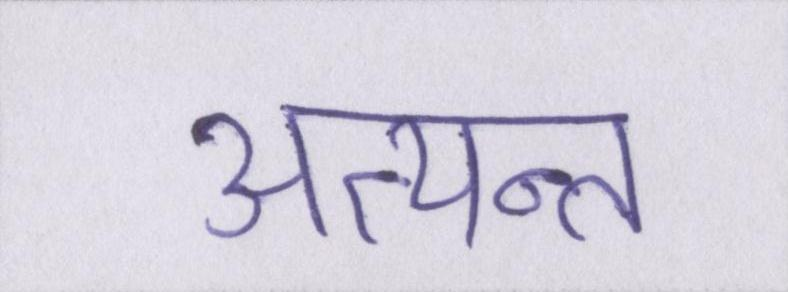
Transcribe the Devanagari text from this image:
अत्यन्त